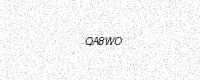
Text: QA8WO